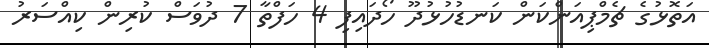
އަތޮޅުގެ ޗެމްޕިއަންކަން ކަނޑުހުޅުދޫ ހޯދައިފި 4 ހަފްތާ 7 ދުވަސް ކުރިން ކިއްސަރު